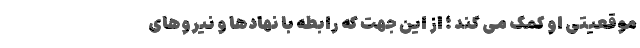
موقعیّتی او کمک می کند ؛ از این جهت که رابطه با نهادها و نیروهای